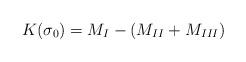
LaTeX: \begin{align*}K(\sigma_0) = M_I - (M_{II} + M_{III})\end{align*}